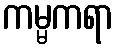
ကမ္မကရာ